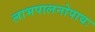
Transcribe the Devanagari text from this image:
लाभपालनोपायः